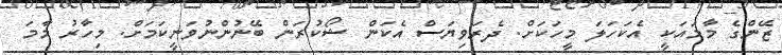
ޒޭންގެ މާމައަކީ އެކަހަލަ މީހަކަށް. ދެރަވިޔަސް އެކަން ޝޯކުރަން ބޭނުންނުވަނީކަމަށް. މިހާރު މާމަ